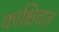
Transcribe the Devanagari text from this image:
काक्षिवत